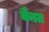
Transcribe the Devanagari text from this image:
वैनत